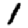
Digit: 1